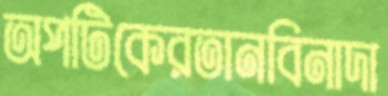
অপটিকেরতানবিনাদা